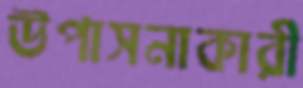
উপাসনাকারী